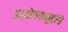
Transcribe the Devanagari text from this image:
उद्योगसमुहांचे